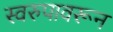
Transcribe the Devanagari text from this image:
स्वरुपावरून